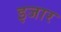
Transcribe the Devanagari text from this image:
इजार